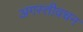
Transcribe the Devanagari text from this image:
अगस्तीवचन